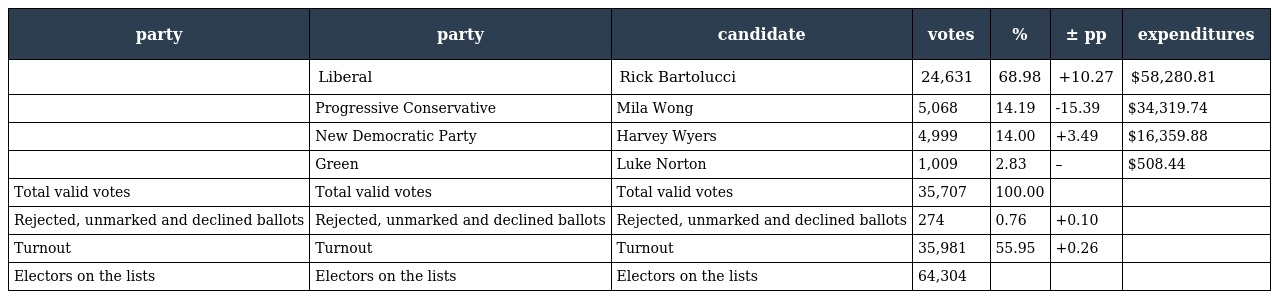
| party | party | candidate | votes | % | ± pp | expenditures |
 | --- | --- | --- | --- | --- | --- | --- |
 |  | Liberal | Rick Bartolucci | 24,631 | 68.98 | +10.27 | $58,280.81 |
 |  | Progressive Conservative | Mila Wong | 5,068 | 14.19 | -15.39 | $34,319.74 |
 |  | New Democratic Party | Harvey Wyers | 4,999 | 14.00 | +3.49 | $16,359.88 |
 |  | Green | Luke Norton | 1,009 | 2.83 | – | $508.44 |
 | Total valid votes | Total valid votes | Total valid votes | 35,707 | 100.00 |  |  |
 | Rejected, unmarked and declined ballots | Rejected, unmarked and declined ballots | Rejected, unmarked and declined ballots | 274 | 0.76 | +0.10 |  |
 | Turnout | Turnout | Turnout | 35,981 | 55.95 | +0.26 |  |
 | Electors on the lists | Electors on the lists | Electors on the lists | 64,304 |  |  |  |